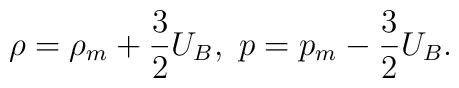
\rho= \rho_m+\frac{3}{2}U_B,\ p=p_m -\frac{3}{2}U_B.